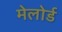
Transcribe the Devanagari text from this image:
मेलोर्ड